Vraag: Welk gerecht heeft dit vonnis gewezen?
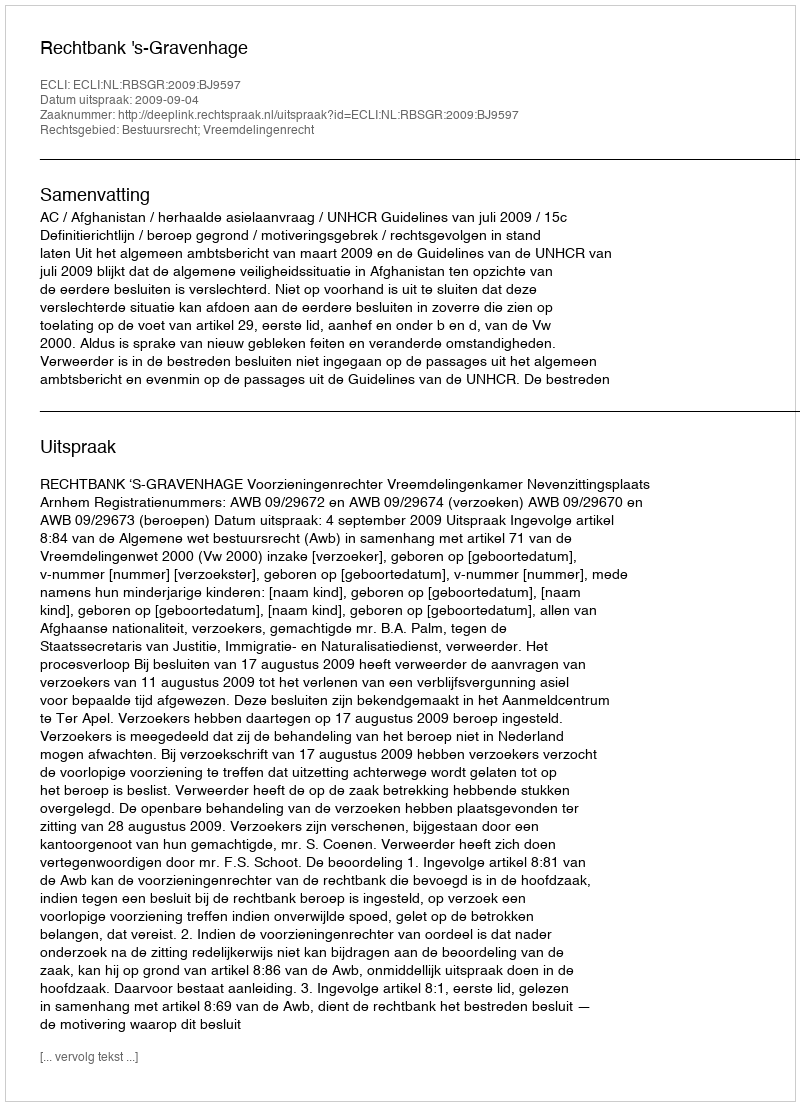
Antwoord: Rechtbank 's-Gravenhage